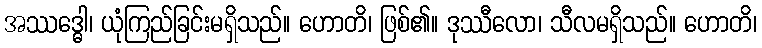
အဿဒ္ဓေါ၊ ယုံကြည်ခြင်းမရှိသည်။ ဟောတိ၊ ဖြစ်၏။ ဒုဿီလော၊ သီလမရှိသည်။ ဟောတိ၊